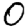
Digit: 0